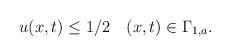
LaTeX: \begin{align*} \begin{aligned} u(x,t)\leq 1/2 ~~~(x,t)\in \Gamma_{1,a}. \end{aligned} \end{align*}